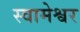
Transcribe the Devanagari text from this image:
स्वामेश्वर